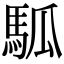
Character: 𩢍